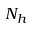
N _ { h }